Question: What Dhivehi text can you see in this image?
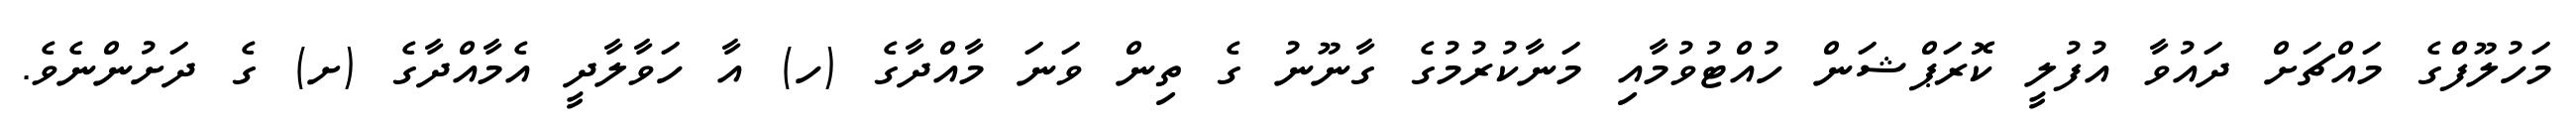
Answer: މަހުލޫފްގެ މައްޗަށް ދައުވާ އުފުލީ ކޮރަޕްޝަން ހުއްޓުވުމާއި މަނާކުރުމުގެ ގާނޫނު ގެ ތިން ވަނަ މާއްދާގެ (ހ) އާ ހަވާލާދީ އެމާއްދާގެ (ށ) ގެ ދަށުންނެވެ.